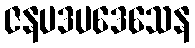
ဇနပဒပဒေသေန